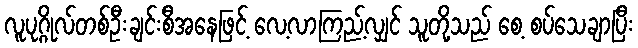
လူပုဂ္ဂိုလ်တစ်ဦးချင်းစီအနေဖြင့် လေ့လာကြည့်လျှင် သူတို့သည် စေ့ စပ်သေချာပြီး